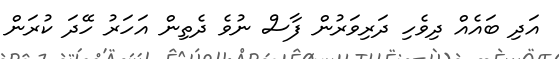
އަދި ބައެއް ދިވެހި ދަރިވަރުން ފާސް ނުވެ ދެތިން އަހަރު ހޭދަ ކުރަން